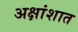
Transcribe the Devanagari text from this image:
अक्षांशात